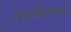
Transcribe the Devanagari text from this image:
पिरामिडाकृत